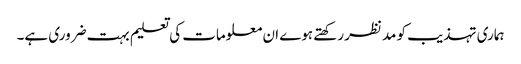
ہماری تہذیب کو مدنظر رکھتے ہوے ان معلومات کی تعلیم بہت ضروری ہے۔